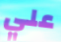
علي